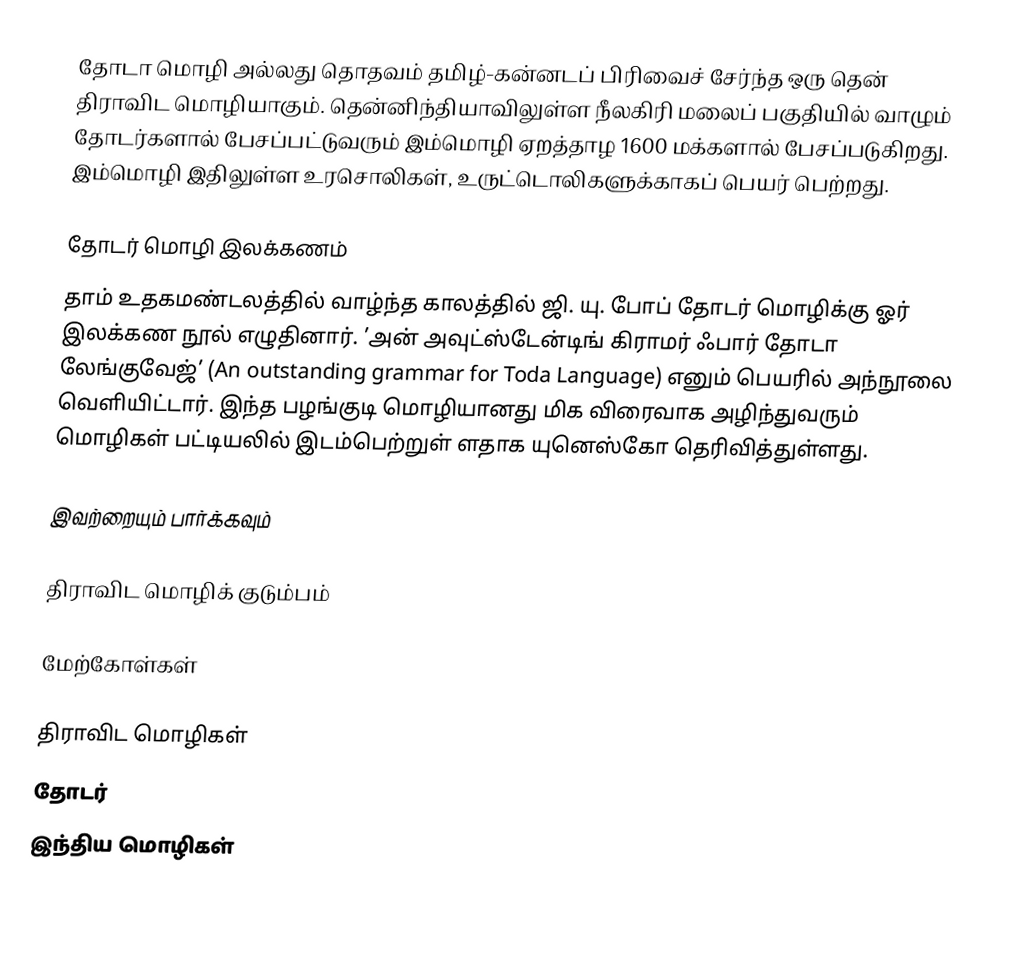
தோடா மொழி அல்லது தொதவம் தமிழ்-கன்னடப் பிரிவைச் சேர்ந்த ஒரு தென் திராவிட மொழியாகும். தென்னிந்தியாவிலுள்ள நீலகிரி மலைப் பகுதியில் வாழும் தோடர்களால் பேசப்பட்டுவரும் இம்மொழி ஏறத்தாழ 1600 மக்களால் பேசப்படுகிறது. இம்மொழி இதிலுள்ள உரசொலிகள், உருட்டொலிகளுக்காகப் பெயர் பெற்றது.

தோடர் மொழி இலக்கணம்
தாம் உதகமண்டலத்தில் வாழ்ந்த காலத்தில் ஜி. யு. போப் தோடர் மொழிக்கு ஓர் இலக்கண நூல் எழுதினார். ’அன் அவுட்ஸ்டேன்டிங் கிராமர் ஃபார் தோடா லேங்குவேஜ்’ (An outstanding grammar for Toda Language) எனும் பெயரில் அந்நூலை வெளியிட்டார். இந்த பழங்குடி மொழியானது மிக விரைவாக அழிந்துவரும் மொழிகள் பட்டியலில் இடம்பெற்றுள் ளதாக யுனெஸ்கோ தெரிவித்துள்ளது.

இவற்றையும் பார்க்கவும்

 திராவிட மொழிக் குடும்பம்

மேற்கோள்கள்

திராவிட மொழிகள்
தோடர்
இந்திய மொழிகள்